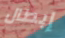
إبطال